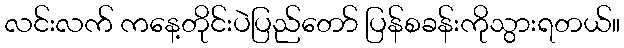
လင်းလက် ကနေ့တိုင်းပဲပြည်တော် ပြန်စခန်းကိုသွားရတယ်။